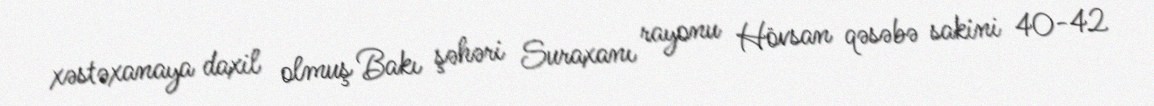
xəstəxanaya daxil olmuş Bakı şəhəri Suraxanı rayonu Hövsan qəsəbə sakini 40-42